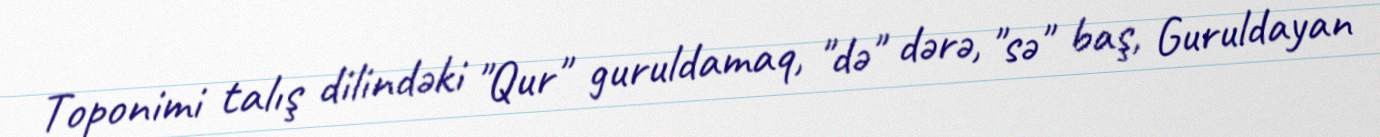
Toponimi talış dilindəki "Qur" guruldamaq, "də" dərə, "sə" baş, Guruldayan